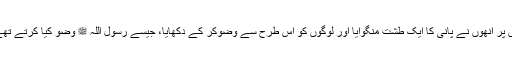
اس پر انھوں نے پانی کا ایک طشت منگوایا اور لوگوں کو اس طرح سے وضوکر کے دکھایا، جیسے رسول اللہ ﷺ وضو کیا کرتے تھے۔